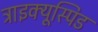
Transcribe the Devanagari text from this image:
ट्राइक्यूस्पिड